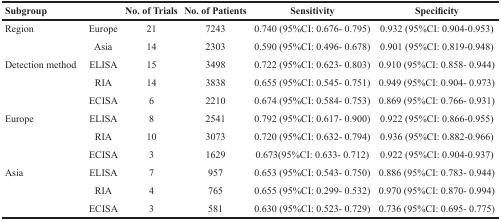
<table><thead><tr><td colspan="2"><b>Subgroup</b></td><td><b>No. of Trials</b></td><td><b>No. of Patients</b></td><td><b>Sensitivity</b></td><td><b>Specificity</b></td></tr></thead><tbody><tr><td>Region</td><td>Europe</td><td>21</td><td>7243</td><td>0.740 (95%CI: 0.676- 0.795)</td><td>0.932 (95%CI: 0.904-0.953)</td></tr><tr><td></td><td>Asia</td><td>14</td><td>2303</td><td>0.590 (95%CI: 0.496- 0.678)</td><td>0.901 (95%CI: 0.819-0.948)</td></tr><tr><td>Detection method</td><td>ELISA</td><td>15</td><td>3498</td><td>0.722 (95%CI: 0.623- 0.803)</td><td>0.910 (95%CI: 0.858- 0.944)</td></tr><tr><td></td><td>RIA</td><td>14</td><td>3838</td><td>0.655 (95%CI: 0.545- 0.751)</td><td>0.949 (95%CI: 0.904- 0.973)</td></tr><tr><td></td><td>ECISA</td><td>6</td><td>2210</td><td>0.674 (95%CI: 0.584- 0.753)</td><td>0.869 (95%CI: 0.766- 0.931)</td></tr><tr><td>Europe</td><td>ELISA</td><td>8</td><td>2541</td><td>0.792 (95%CI: 0.617- 0.900)</td><td>0.922 (95%CI: 0.866-0.955)</td></tr><tr><td></td><td>RIA</td><td>10</td><td>3073</td><td>0.720 (95%CI: 0.632- 0.794)</td><td>0.936 (95%CI: 0.882-0.966)</td></tr><tr><td></td><td>ECISA</td><td>3</td><td>1629</td><td>0.673(95%CI: 0.633- 0.712)</td><td>0.922 (95%CI: 0.904-0.937)</td></tr><tr><td>Asia</td><td>ELISA</td><td>7</td><td>957</td><td>0.653 (95%CI: 0.543- 0.750)</td><td>0.886 (95%CI: 0.783- 0.944)</td></tr><tr><td></td><td>RIA</td><td>4</td><td>765</td><td>0.655 (95%CI: 0.299- 0.532)</td><td>0.970 (95%CI: 0.870- 0.994)</td></tr><tr><td></td><td>ECISA</td><td>3</td><td>581</td><td>0.630 (95%CI: 0.523- 0.729)</td><td>0.736 (95%CI: 0.695- 0.775)</td></tr></tbody></table>